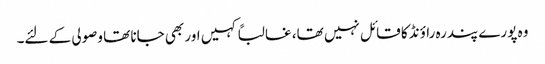
وہ پورے پندرہ راؤنڈ کا قائل نہیں تھا، غالباً کہیں اور بھی جانا تھا وصولی کے لئے۔